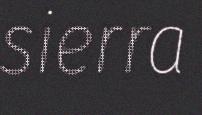
sierra